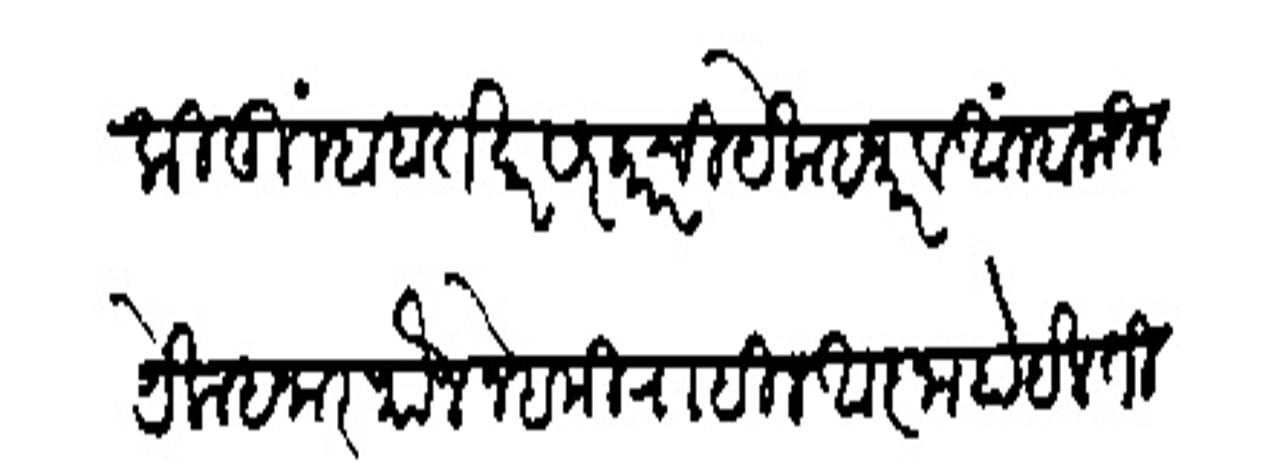
Transliteration (Devanagari): की तुम्हांबरोबर सरकारची येक हजार व आम्हांकडील येक हजार फौज नेहमी राहील आज्ञा होईल तिकडे